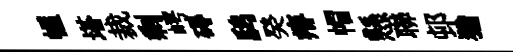
幄塔裁剩崿碍鸱癸瘠帽懸聯邨猶